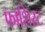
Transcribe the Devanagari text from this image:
फाशिस्ट